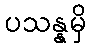
ပသန္နမှိ